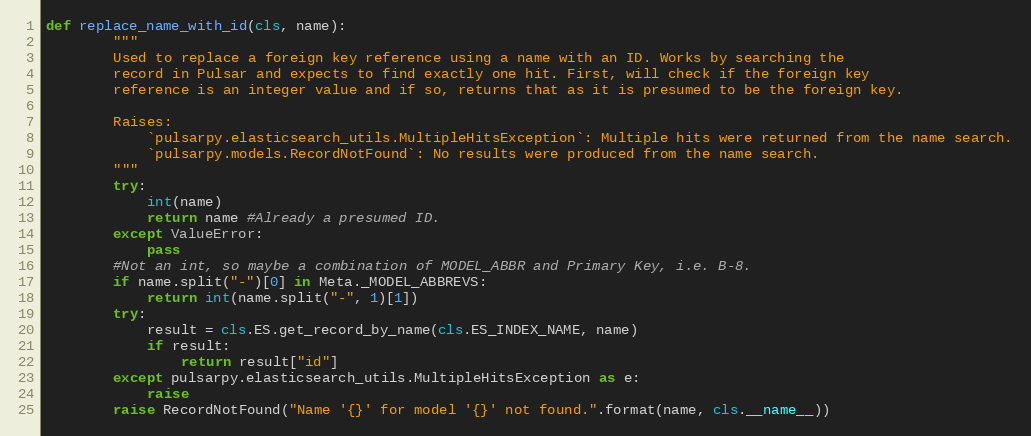
Language: Python
def replace_name_with_id(cls, name):
        """
        Used to replace a foreign key reference using a name with an ID. Works by searching the
        record in Pulsar and expects to find exactly one hit. First, will check if the foreign key
        reference is an integer value and if so, returns that as it is presumed to be the foreign key.

        Raises:
            `pulsarpy.elasticsearch_utils.MultipleHitsException`: Multiple hits were returned from the name search.
            `pulsarpy.models.RecordNotFound`: No results were produced from the name search.
        """
        try:
            int(name)
            return name #Already a presumed ID.
        except ValueError:
            pass
        #Not an int, so maybe a combination of MODEL_ABBR and Primary Key, i.e. B-8.
        if name.split("-")[0] in Meta._MODEL_ABBREVS:
            return int(name.split("-", 1)[1])
        try:
            result = cls.ES.get_record_by_name(cls.ES_INDEX_NAME, name)
            if result:
                return result["id"]
        except pulsarpy.elasticsearch_utils.MultipleHitsException as e:
            raise
        raise RecordNotFound("Name '{}' for model '{}' not found.".format(name, cls.__name__))